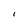
Character: I